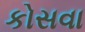
કોસવા